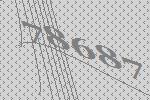
78687